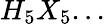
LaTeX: H_{5}X_{5}...